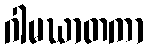
ဂါမဃာတကာ